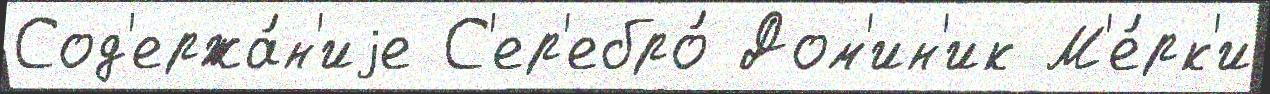
Сод'ержа́н'иjе С'ер'ебро́ Дом'ин'ик М'е́рк'и